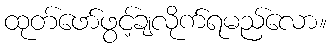
ထုတ်ဖော်ဖွင့်ချလိုက်ရမည်လော။